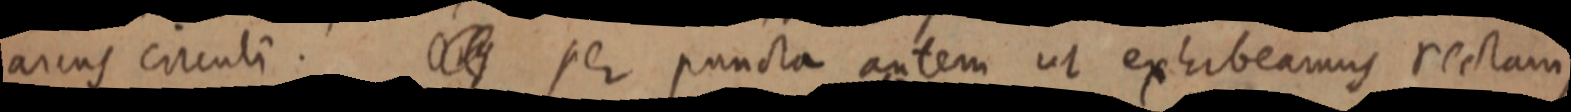
arcus circuli. _ per puncta autem ut exhibeamus rectam,